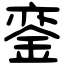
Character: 銮